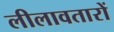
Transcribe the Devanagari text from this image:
लीलावतारों